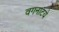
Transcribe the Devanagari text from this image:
वगनाटये